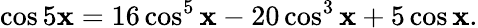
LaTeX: \cos5\mathbf{x}=16\cos^{5}\mathbf{x}-20\cos^{3}\mathbf{x}+5\cos\mathbf{x}.